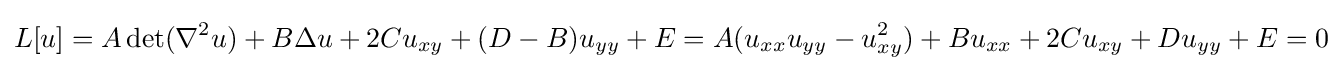
L[u]=A\,{\text{det}}(\nabla ^{2}u)+B\Delta u+2Cu_{xy}+(D-B)u_{yy}+E=A(u_{xx}u_{yy}-u_{xy}^{2})+Bu_{xx}+2Cu_{xy}+Du_{yy}+E=0